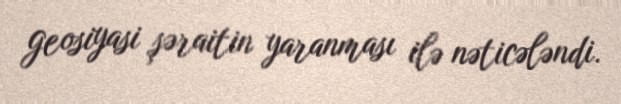
geosiyasi şəraitin yaranması ilə nəticələndi.